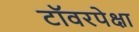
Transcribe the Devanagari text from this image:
टॉवरपेक्षा